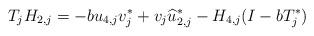
LaTeX: \begin{align*} T_jH_{2,j}= -bu_{4,j}v_{j}^* + v_j \widehat u_{2,j}^* - H_{4,j}(I-bT_j^*) \end{align*}